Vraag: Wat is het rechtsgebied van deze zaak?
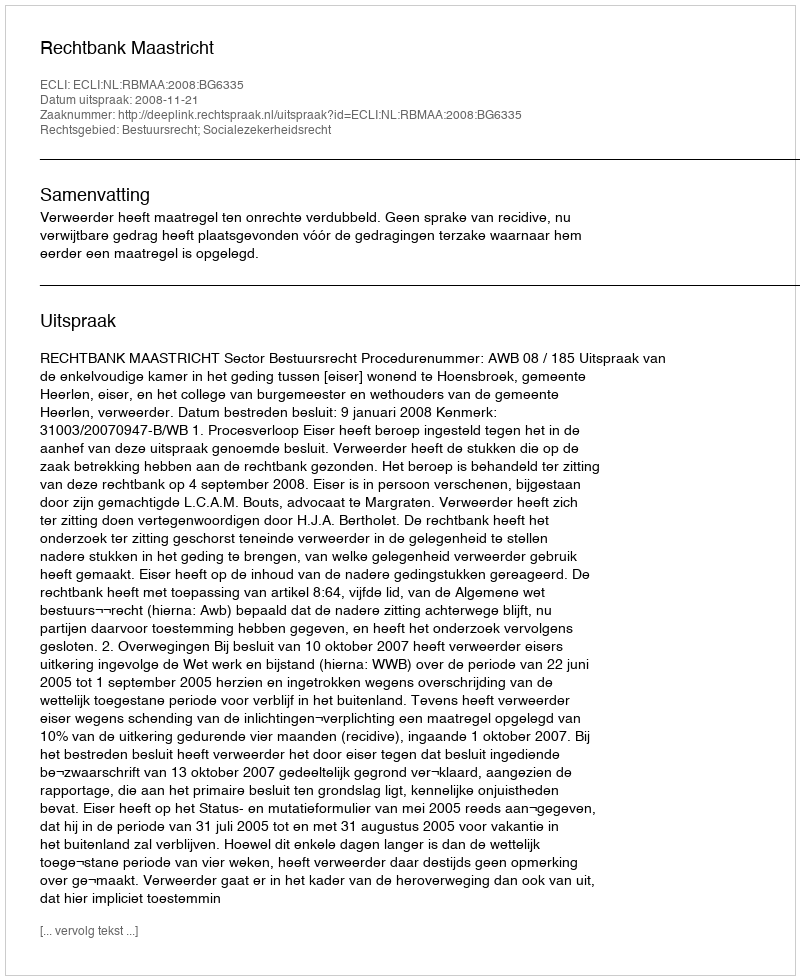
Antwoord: Bestuursrecht; Socialezekerheidsrecht